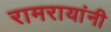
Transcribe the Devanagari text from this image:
रामरायांनी